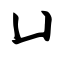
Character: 凵